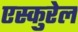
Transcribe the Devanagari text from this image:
एस्कुरेल